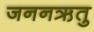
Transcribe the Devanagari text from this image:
जननऋतु